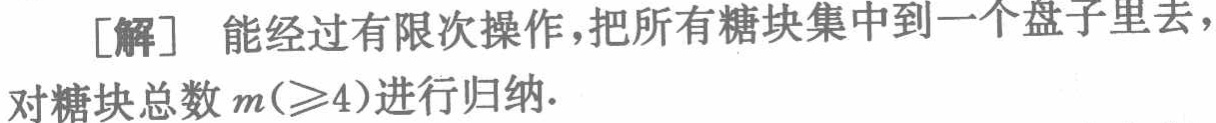
[解] 能经过有限次操作，把所有糖块集中到一个盘子里去，

对糖块总数 \(m(\geqslant4)\)进行归纳.